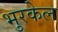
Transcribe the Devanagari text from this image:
भुरकेल